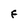
Character: F